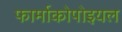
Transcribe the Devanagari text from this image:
फार्माकोपोइयल